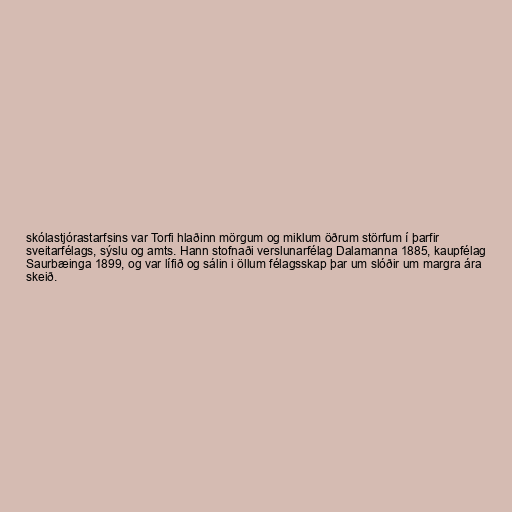
skólastjórastarfsins var Torfi hlaðinn mörgum og miklum öðrum störfum í þarfir
sveitarfélags, sýslu og amts. Hann stofnaði verslunarfélag Dalamanna 1885, kaupfélag
Saurbæinga 1899, og var lífið og sálin i öllum félagsskap þar um slóðir um margra ára
skeið.